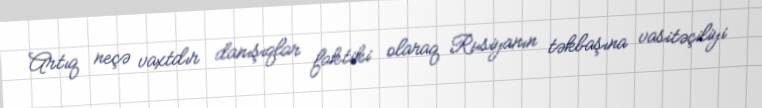
Artıq neçə vaxtdır danışıqlar faktiki olaraq Rusiyanın təkbaşına vasitəçiliyi